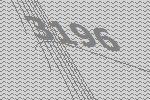
3196